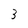
Character: 3